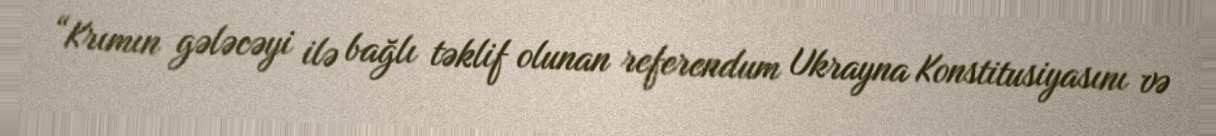
“Krımın gələcəyi ilə bağlı təklif olunan referendum Ukrayna Konstitusiyasını və